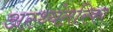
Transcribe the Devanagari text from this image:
अस्थ्यंतरिका